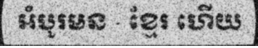
អំបូរមន - ខ្មែរ ហើយ